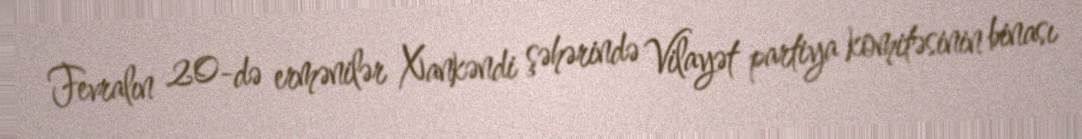
Fevralın 20-də ermənilər Xankəndi şəhərində Vilayət partiya komitəsinin binası